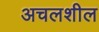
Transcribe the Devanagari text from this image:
अचलशील